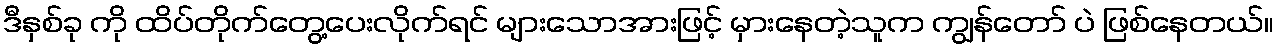
ဒီနှစ်ခု ကို ထိပ်တိုက်တွေ့ပေးလိုက်ရင် များသောအားဖြင့် မှားနေတဲ့သူက ကျွန်တော် ပဲ ဖြစ်နေတယ်။